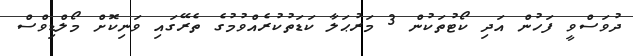
ދުވަސްވީ ފަހުން އަދި ކޯޓުތަކުން 3 މަރުޙަލާ ކަޑަތުކުރެއްވުމުގެ ތެރޭގައި ވަނިކޮށް މޯލްޑިވްސް